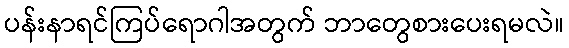
ပန်းနာရင်ကြပ်ရောဂါအတွက် ဘာတွေစားပေးရမလဲ။